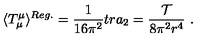
\langle T _ { \mu } ^ { \mu } \rangle ^ { R e g . } = \frac 1 { 1 6 \pi ^ { 2 } } t r a _ { 2 } = \frac { \cal { T } } { 8 \pi ^ { 2 } r ^ { 4 } } \ .